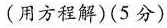
(用方程解)(5分)